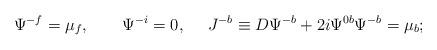
LaTeX: \begin{align*}\Psi^{-f}=\mu_f, \qquad \Psi^{-i}=0, ~~~~ J^{-b}\equiv D\Psi^{-b}+2i\Psi^{0b}\Psi^{-b}=\mu_b;\end{align*}